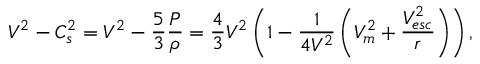
V ^ { 2 } - C _ { s } ^ { 2 } = V ^ { 2 } - \frac { 5 } { 3 } \frac { P } { \rho } = \frac { 4 } { 3 } V ^ { 2 } \left( 1 - \frac { 1 } { 4 V ^ { 2 } } \left( V _ { m } ^ { 2 } + \frac { V _ { e s c } ^ { 2 } } { r } \right) \right) ,